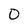
Character: O